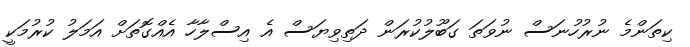
ކިތަންމެ ނުރުހުނަސް ނުވަތަ ގަބޫލުކުރަން ދަތިވިޔަސް އެ އިސްލާހާ އެއްގޮތަށް އަމަލު ކުރުމަކީ